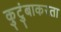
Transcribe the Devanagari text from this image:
कुटुंबाकरता